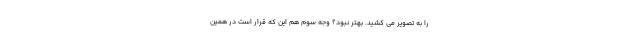
را به تصویر می کشید. بهتر نبود؟ وجه سوم هم این که قرار است در همین